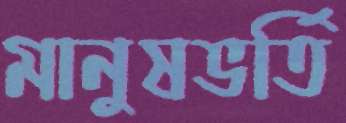
মানুষভর্তি